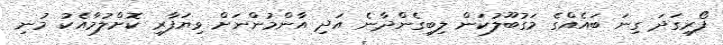
ފޯރިގަދަ ގިނަ ބައެއްގެ މަގުބޫލުކަން ލިބިގެންދާނެ އަދި އާންމުންނަށް ވިޔަފާރި ކޮށްލުމާއެކު މުނި